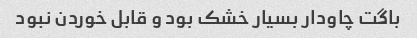
باگت چاودار بسیار خشک بود و قابل خوردن نبود